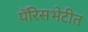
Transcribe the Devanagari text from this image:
पॅरिसभेटीत